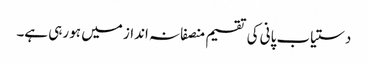
دستیاب پانی کی تقسیم منصفانہ انداز میں ہو رہی ہے۔